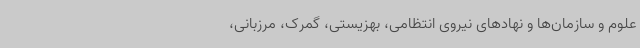
علوم و سازمان‌ها و نهادهای نیروی انتظامی، بهزیستی، گمرک، مرزبانی،